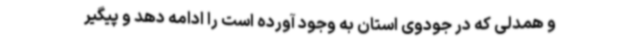
و همدلی که در جودوی استان به وجود آورده است را ادامه دهد و پیگیر